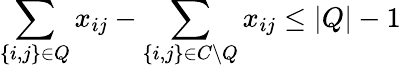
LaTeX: \sum_{\{ i,j\} \in Q}x_{ij}-\sum_{\{ i,j\} \in C\setminus Q}x_{ij}\le|Q|-1